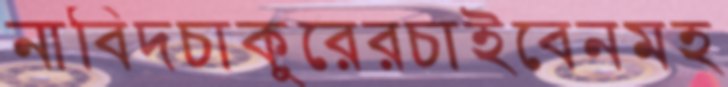
নাবিদচাকুরেরচাইবেনমহ